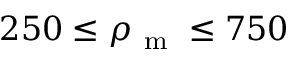
2 5 0 \leq \rho _ { \mathrm { ~ m ~ } } \leq 7 5 0